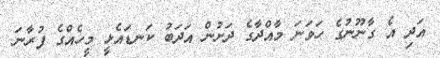
އަދި އެ ގާނޫނުގެ ހަވަނަ މާއްދާގެ ދަށުން އަދަބު ކަނޑައެޅީ މީހެއްގެ ފުރާނަ